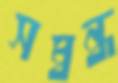
সম্বন্ধ